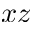
x z